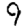
Digit: 9